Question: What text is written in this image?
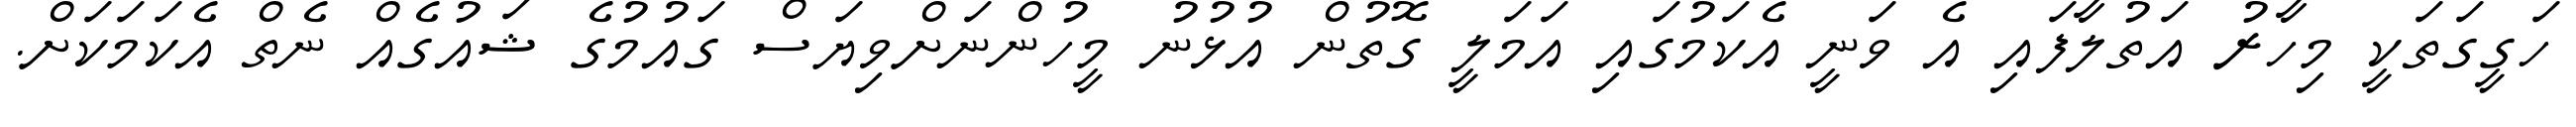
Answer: ހަގީގަތަކީ މިހާރު އަތުލާފައި އެ ވަނީ އެކަމުގައި އަމަލީ ގޮތުން އުޅުނު މީހުންނަށްވިޔަސް ގައުމުގެ ޝައުގެއް ނެތް އެކަމަކަށް.